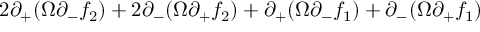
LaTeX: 2 \partial _ { + } ( \Omega \partial _ { - } f _ { 2 } ) + 2 \partial _ { - } ( \Omega \partial _ { + } f _ { 2 } ) + \partial _ { + } ( \Omega \partial _ { - } f _ { 1 } ) + \partial _ { - } ( \Omega \partial _ { + } f _ { 1 } )